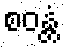
စဝန္တံ